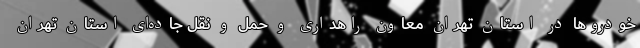
خودروها در استان تهران معاون راهداری و حمل و نقل جاده‌ای استان تهران